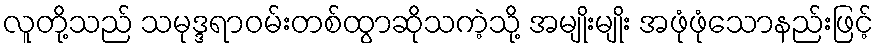
လူတို့သည် သမုဒ္ဒရာဝမ်းတစ်ထွာဆိုသကဲ့သို့ အမျိုးမျိုး အဖုံဖုံသောနည်းဖြင့်